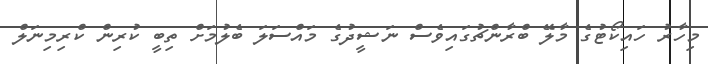
މިހާރު ހައިކޯޓުގެ މާލޭ ބްރާންޗުގައިވެސް ނަޝީދުގެ މައްސަލަ ބެލުމަށް ތިބީ ކުރިން ކްރިމިނަލް